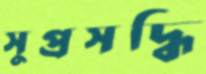
সুপ্রসদ্ধি